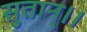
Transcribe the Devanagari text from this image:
सुतान्।।